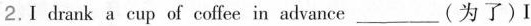
2.Ⅰdrank a cup of coffee in advance_(为了)I